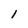
Character: I